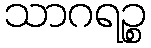
သာဂရဉ္စ